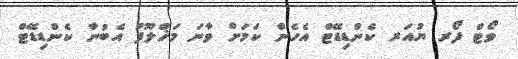
ވޯޓް ފޯރ ޔުއަރ ކެންޑިޑޭޓް އެހެން ކަަމަށް ވާނަ މަޚްލޫފު އެެބުނާ ކެންޑިޑޭޓް